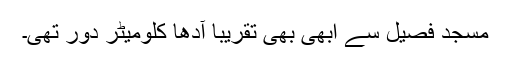
مسجد فصیل سے ابھی بھی تقریباً آدھا کلومیٹر دور تھی۔